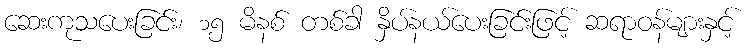
ဆေးကုသပေးခြင်း၊ ၁၅ မိနစ် တစ်ခါ နှိပ်နယ်ပေးခြင်းဖြင့် ဆရာဝန်များနှင့်